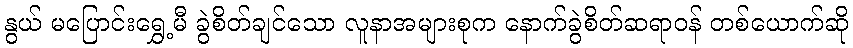
နွယ် မပြောင်းရွှေ့မီ ခွဲစိတ်ချင်သော လူနာအများစုက နောက်ခွဲစိတ်ဆရာဝန် တစ်ယောက်ဆို